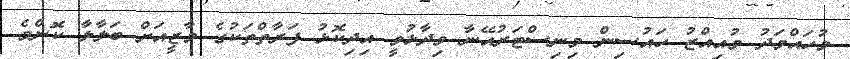
މުހައްމަދު މުއިއްޒު ހައުސިން މިނިސްޓަރުއޭނާ ވިދާޅުވީ އިދިކޮޅު ފަރާތްތަކުގެ މާޒީއަށް ބަލާލާ ކޮންމެ